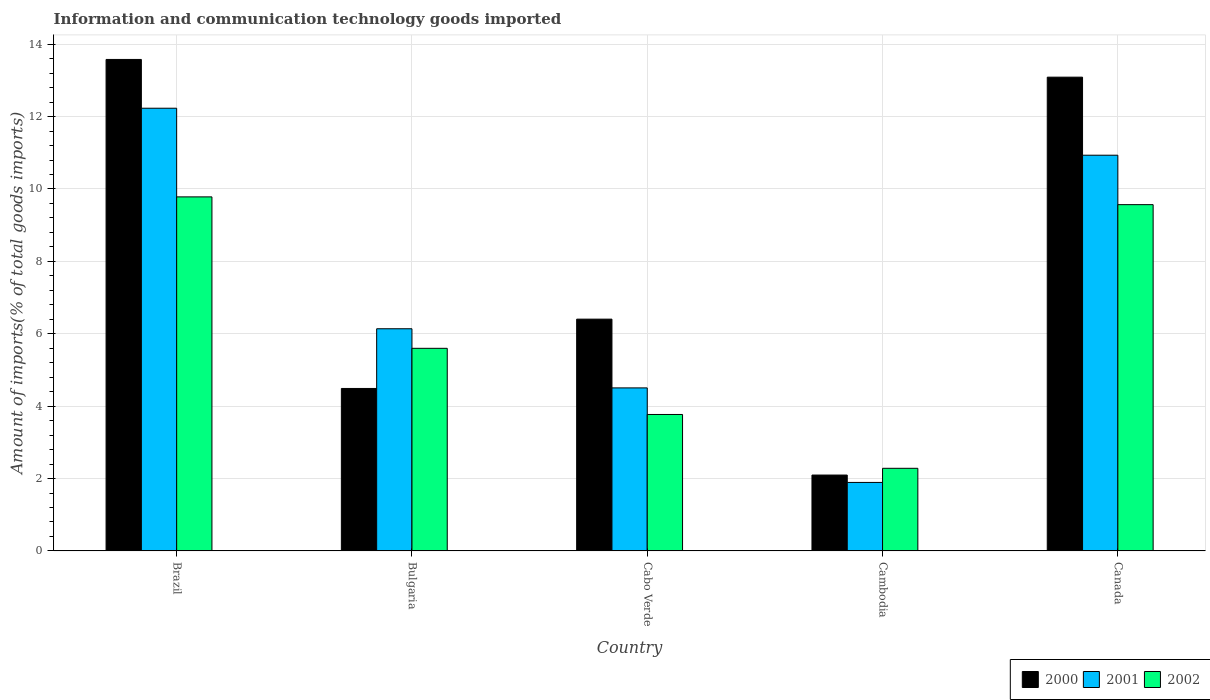
| Country | 2000 | 2001 | 2002 |
 | --- | --- | --- | --- |
 | Brazil | 13.6 | 12.2 | 9.78 |
 | Bulgaria | 4.49 | 6.14 | 5.6 |
 | Cabo Verde | 6.4 | 4.5 | 3.77 |
 | Cambodia | 2.1 | 1.89 | 2.28 |
 | Canada | 13.1 | 10.9 | 9.57 |